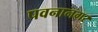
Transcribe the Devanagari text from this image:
पवनानगर